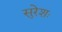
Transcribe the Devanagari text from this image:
सुरेशः